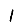
Digit: 1